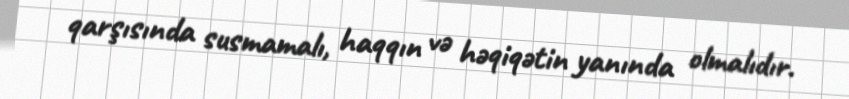
qarşısında susmamalı, haqqın və həqiqətin yanında olmalıdır.